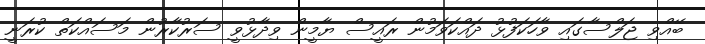
ބޭއްވި ޖަލްސާގައި ވާހަކަފުޅު ދައްކަވަމުން ރައީސް ޔާމީން ވިދާޅުވީ ސަރުކާރުން މަސައްކަތް ކުރަނީ